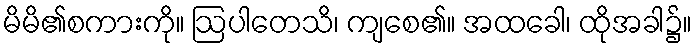
မိမိ၏စကားကို။ ဩပါတေသိ၊ ကျစေ၏။ အထခေါ၊ ထိုအခါ၌။